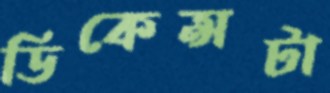
ডিকেন্সটা